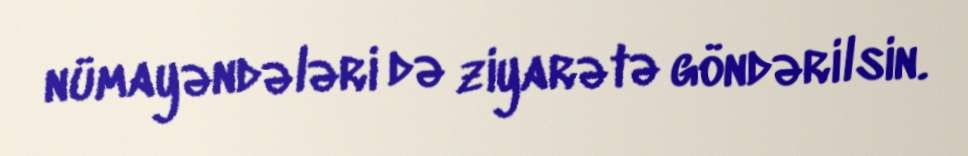
nümayəndələri də ziyarətə göndərilsin.